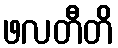
ဖလတီတိ